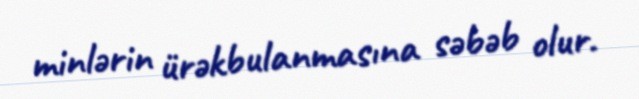
minlərin ürəkbulanmasına səbəb olur.